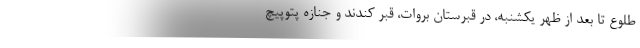
طلوع تا بعد از ظهر يكشنبه، در قبرستان بروات، قبر كندند و جنازه پتوپيچ